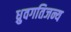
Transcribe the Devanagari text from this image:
ध्रुवगतिजन्य